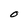
Character: O